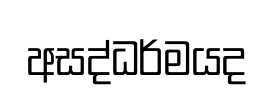
අසද්ධර්මයද